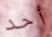
أحد